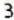
3